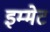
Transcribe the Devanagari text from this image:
इम्मेट